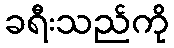
ခရီးသည်ကို